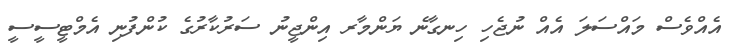
އެއްވެސް މައްސަލަ އެއް ނުޖެހި ހިނގާނެ ޔަންމާރ އިންޖީނު ސަރުކާރުގެ ކުންފުނި އެމްޓީސީސީ